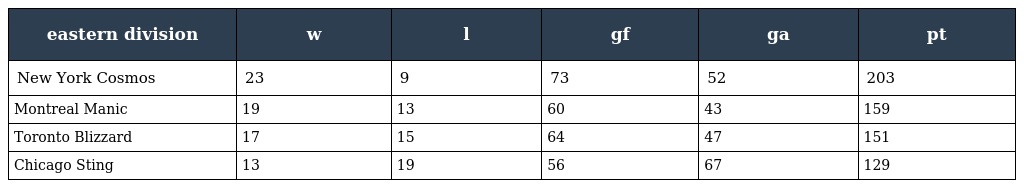
| eastern division | w | l | gf | ga | pt |
 | --- | --- | --- | --- | --- | --- |
 | New York Cosmos | 23 | 9 | 73 | 52 | 203 |
 | Montreal Manic | 19 | 13 | 60 | 43 | 159 |
 | Toronto Blizzard | 17 | 15 | 64 | 47 | 151 |
 | Chicago Sting | 13 | 19 | 56 | 67 | 129 |